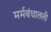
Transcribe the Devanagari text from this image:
मर्मबंधातली